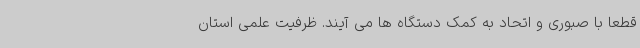
قطعاً با صبوری و اتحاد به کمک دستگاه ها می آیند. ظرفیت علمی استان